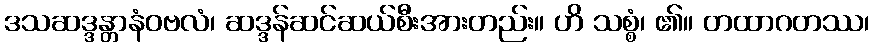
ဒသဆဒ္ဒန္တာနံဝဗလံ၊ ဆဒ္ဒန်ဆင်ဆယ်စီးအားတည်း။ ဟိ သစ္စံ၊ ၏။ တထာဂတဿ၊